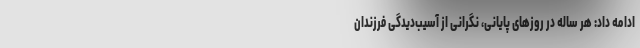
ادامه داد: هر ساله در روزهای پایانی، نگرانی از آسیب‌دیدگی فرزندان